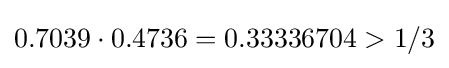
0.7039\cdot 0.4736=0.33336704>1/3